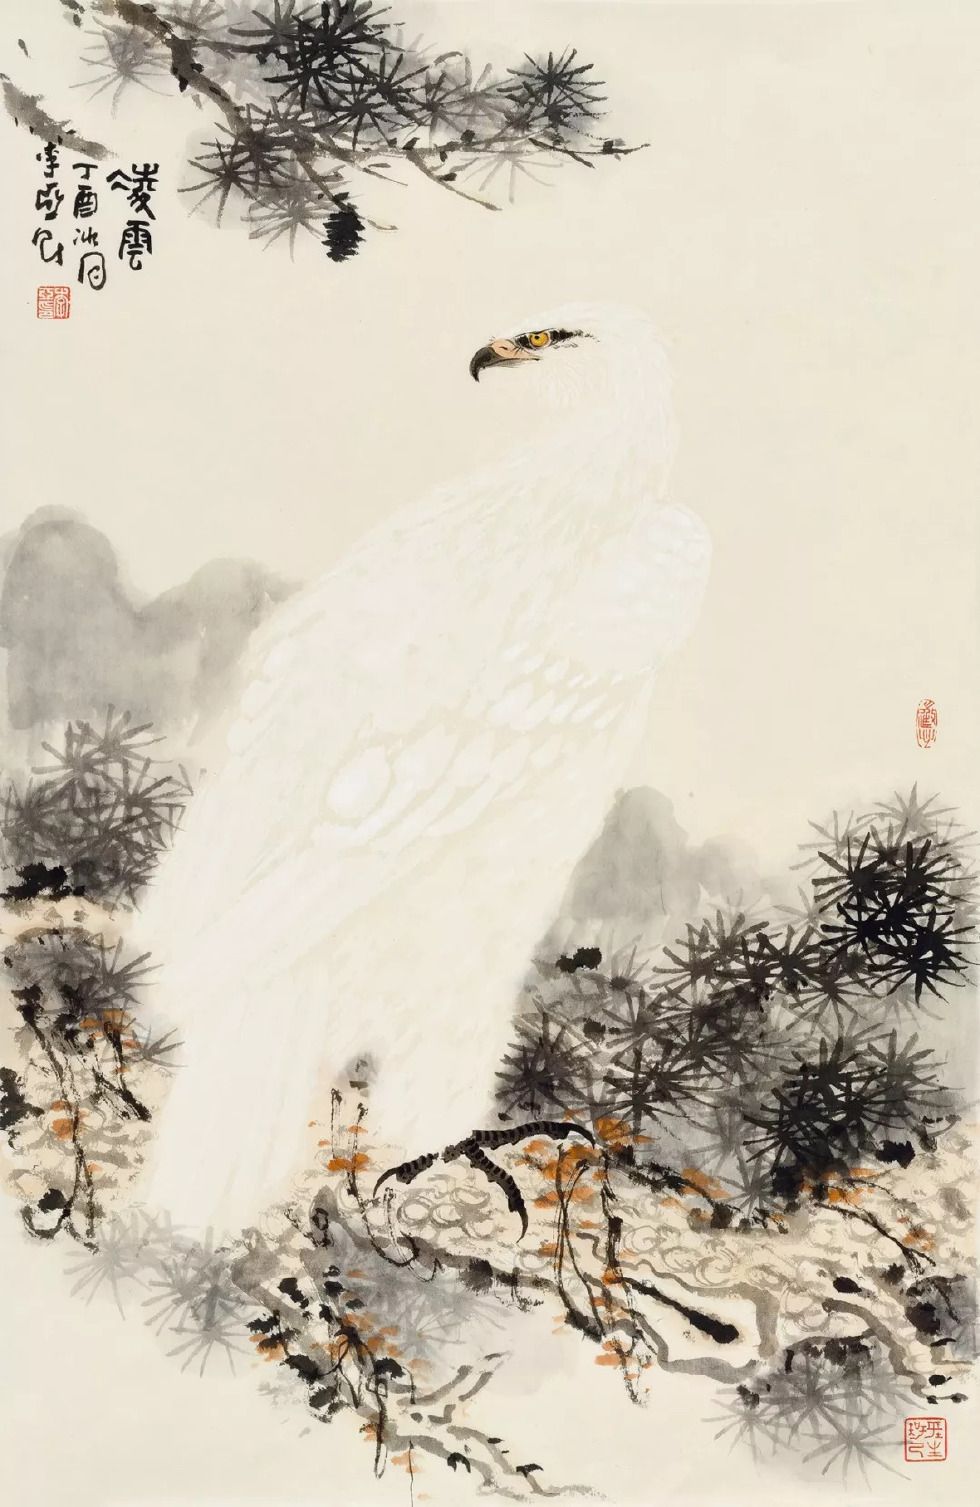
孤飞一片雪，百里见秋毫。